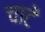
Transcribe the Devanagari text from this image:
चाटें